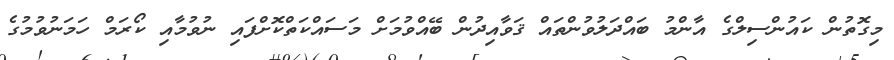
މިގޮތުން ކައުންސިލްގެ އާންމު ބައްދަލުވުންތައް ޤަވާއިދުން ބޭއްވުމަށް މަސައްކަތްކޮށްފައި ނުވުމާއި ކޯރަމް ހަމަނުވުމުގެ